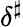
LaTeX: \delta^{\sharp}